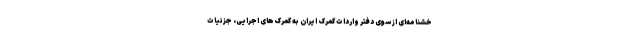
خشنامه‌ای از سوی دفتر واردات گمرک ایران به گمرک‌های اجرایی، جزئیات